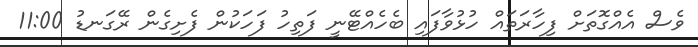
ވެސް އެއްގޮތަށް ފިހާރަތައް ހުޅުވާފައި ބެހެއްޓޭނީ ފަތިހު ފަހަކުން ފެށިގެން ރޭގަނޑު 11:00